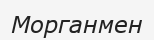
Морганмен